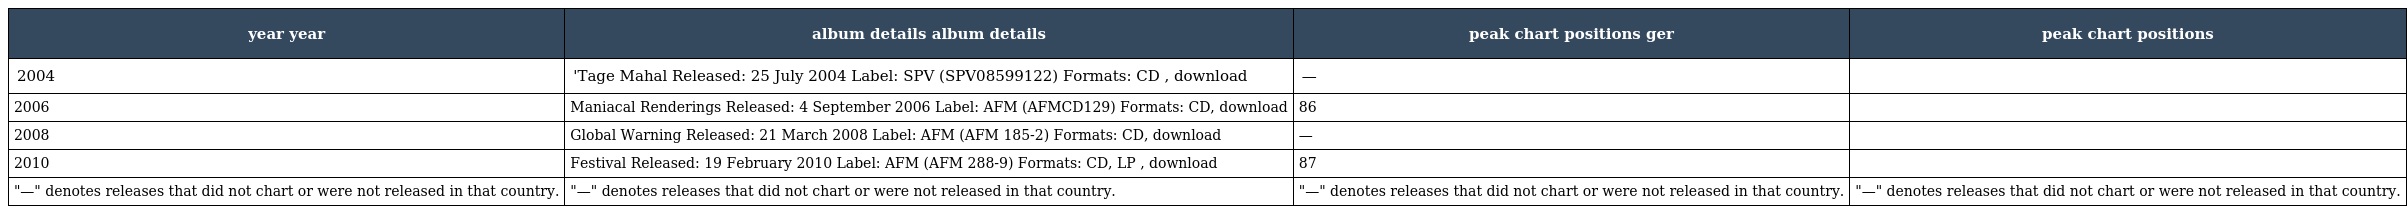
| year year | album details album details | peak chart positions ger | peak chart positions |
 | --- | --- | --- | --- |
 | 2004 | 'Tage Mahal Released: 25 July 2004 Label: SPV (SPV08599122) Formats: CD , download | — |  |
 | 2006 | Maniacal Renderings Released: 4 September 2006 Label: AFM (AFMCD129) Formats: CD, download | 86 |  |
 | 2008 | Global Warning Released: 21 March 2008 Label: AFM (AFM 185-2) Formats: CD, download | — |  |
 | 2010 | Festival Released: 19 February 2010 Label: AFM (AFM 288-9) Formats: CD, LP , download | 87 |  |
 | "—" denotes releases that did not chart or were not released in that country. | "—" denotes releases that did not chart or were not released in that country. | "—" denotes releases that did not chart or were not released in that country. | "—" denotes releases that did not chart or were not released in that country. |